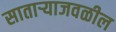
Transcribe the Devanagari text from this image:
सातार्‍याजवळील